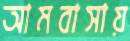
আমবাসায়